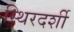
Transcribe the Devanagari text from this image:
स्थिरदर्शी